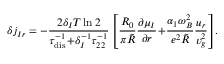
\delta j _ { I r } = - \frac { 2 \delta _ { I } T \ln 2 } { \tau _ { \mathrm { d i s } } ^ { - 1 } \! + \! \delta _ { I } ^ { - 1 } \tau _ { 2 2 } ^ { - 1 } } \left[ \frac { R _ { 0 } } { \pi \tilde { R } } \frac { \partial \mu _ { I } } { \partial r } \! + \! \frac { \alpha _ { 1 } \omega _ { B } ^ { 2 } } { e ^ { 2 } \tilde { R } } \frac { u _ { r } } { v _ { g } ^ { 2 } } \right] \! .